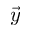
\vec { y }